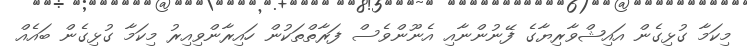
މިކަމާ ގުޅިގެން އައިޝްވާރިޔާގެ ފޭނުންނާއި އެނޫންވެސް ފަރާތްތަކުން ހައިރާންވިއިރު މިކަމާ ގުޅިގެން ބައެއް